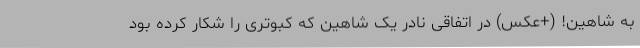
به شاهین! (+عکس) در اتفاقی نادر یک شاهین که کبوتری را شکار کرده بود